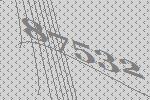
87532